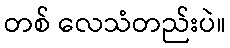
တစ် လေသံတည်းပဲ။